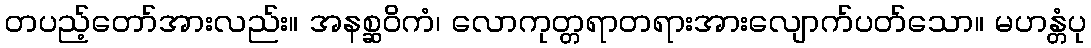
တပည့်တော်အားလည်း။ အနစ္ဆဝိကံ၊ လောကုတ္တရာတရားအားလျောက်ပတ်သော။ မဟန္တံပု